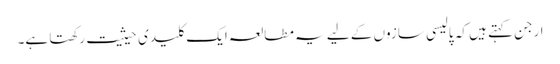
ارجن کہتے ہیں کہ پالیسی سازوں کے لیے یہ مطالعہ ایک کلیدی حیثیت رکھتا ہے۔